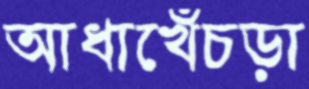
আধাখেঁচড়া